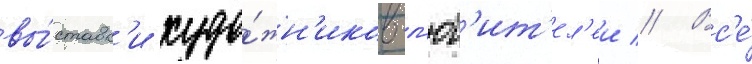
вы́ставк'и худо́жн'иков-л'юб'ит'ел'еи // Вс'е́